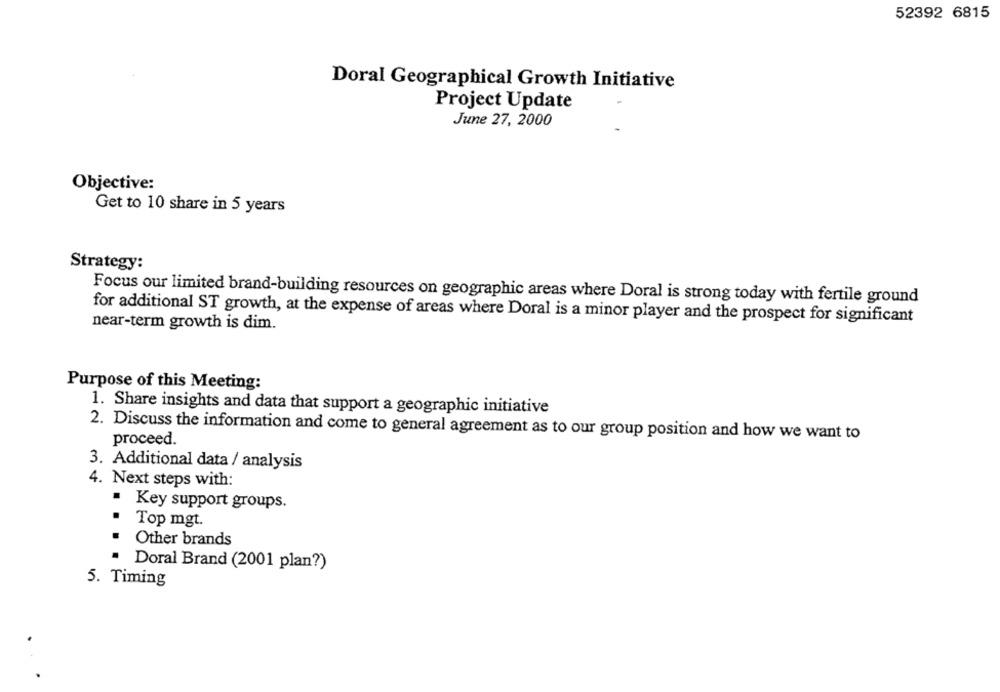
52392 6815
Doral Geographical Growth Initiative
Project Update
June 27, 2000
Objective:
Get to 10 share in 5 years
Strategy:
Focus our limited brand-building resources on geographic areas where Doral is strong today with fertile ground
near-term growth is dim.
for additional ST growth, at the expense of areas where Doral is a minor player and the prospect for significant
Purpose of this Meeting:
1. Share insights and data that support a geographic initiative
2. Discuss the information and come to general agreement as to our group position and how we want to
proceed.
3. Additional data / analysis
4. Next steps with:
. Key support groups.
· Top mgt.
Other brands
· Doral Brand (2001 plan?)
5. Timing